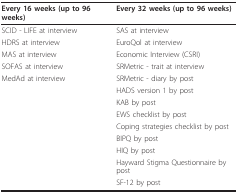
<table><thead><tr><td><b>Every 16 weeks (up to 96 weeks)</b></td><td><b>Every 32 weeks (up to 96 weeks)</b></td></tr></thead><tbody><tr><td>SCID - LIFE at interview</td><td>SAS at interview</td></tr><tr><td>HDRS at interview</td><td>EuroQol at interview</td></tr><tr><td>MAS at interview</td><td>Economic Interview (CSRI)</td></tr><tr><td>SOFAS at interview</td><td>SRMetric - trait at interview</td></tr><tr><td>MedAd at interview</td><td>SRMetric - diary by post</td></tr><tr><td></td><td>HADS version 1 by post</td></tr><tr><td></td><td>KAB by post</td></tr><tr><td></td><td>EWS checklist by post</td></tr><tr><td></td><td>Coping strategies checklist by post</td></tr><tr><td></td><td>BIPQ by post</td></tr><tr><td></td><td>HIQ by post</td></tr><tr><td></td><td>Hayward Stigma Questionnaire by post</td></tr><tr><td></td><td>SF-12 by post</td></tr></tbody></table>